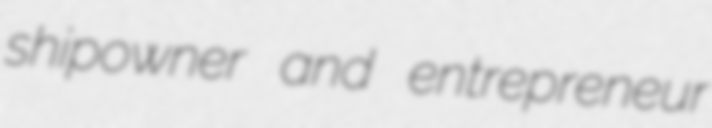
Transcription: shipowner and entrepreneur